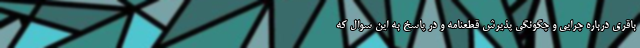
باقری درباره چرایی و چگونگی پذیرش قطعنامه و در پاسخ به این سوال که